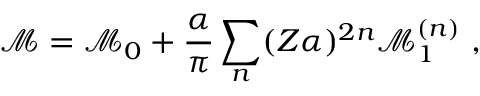
\mathcal { M } = \mathcal { M } _ { 0 } + \frac { \alpha } { \pi } \sum _ { n } ( Z \alpha ) ^ { 2 n } \mathcal { M } _ { 1 } ^ { ( n ) } ~ ,